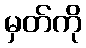
မှတ်ကို